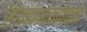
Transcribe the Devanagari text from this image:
सोनचाफ्यापेक्षा